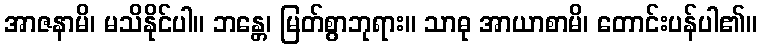
အာဇနာမိ၊ မသိနိုင်ပါ။ ဘန္တေ၊ မြတ်စွာဘုရား။ သာဓု အာယာစာမိ၊ တောင်းပန်ပါ၏။